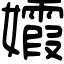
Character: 𡤕